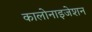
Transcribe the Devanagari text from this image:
कालोनाइजेशन